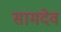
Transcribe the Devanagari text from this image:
सामदेव